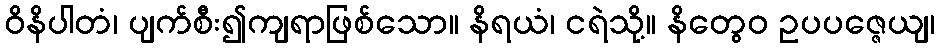
ဝိနိပါတံ၊ ပျက်စီး၍ကျရာဖြစ်သော။ နိရယံ၊ ငရဲသို့။ နိတွေဝ ဥပပဇ္ဇေယျ၊